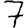
Digit: 7